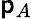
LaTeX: \mathsf{p}_{A}